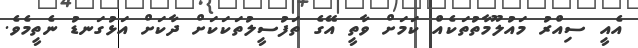
އެއީ ސިއްރު މައުލޫމާތުތަކެއް ކަމަށް ވާތީ އޭގެ ތަފުސީލުތަކަކަށް ދާކަށް އަޅުގަނޑު ނެތީމެވެ.